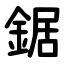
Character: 鋸